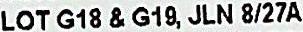
LOT G18 & G19, JLN 8/27A